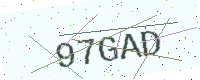
Text: 97GAD